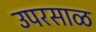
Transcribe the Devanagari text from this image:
उपरसाळ